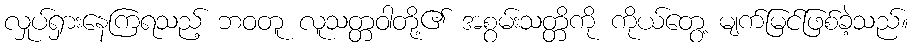
လှုပ်ရှားနေကြရသည့် ဘဝတူ လူသတ္တဝါတို့၏ အစွမ်းသတ္တိကို ကိုယ်တွေ့ မျက်မြင်ဖြစ်ခဲ့သည်။